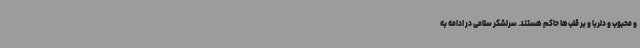
و محبوب و دلربا و بر قلب‌ها حاکم هستند. سرلشکر سلامی در ادامه به